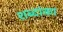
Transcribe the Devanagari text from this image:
शब्दांका